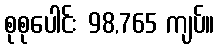
စုစုပေါင်း 98,765 ကျပ်။